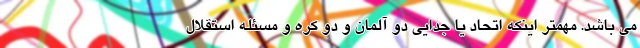
می باشد. مهمتر اینکه اتحاد یا جدایی دو آلمان و دو کره و مسئله استقلال